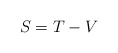
\begin{align*} S=T-V\end{align*}